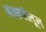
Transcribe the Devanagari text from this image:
बांधणीतून